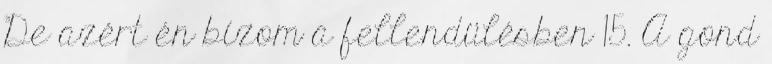
De azért én bí­zom a fellendülésben 15. A gond